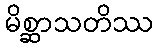
မိစ္ဆာသတိဿ